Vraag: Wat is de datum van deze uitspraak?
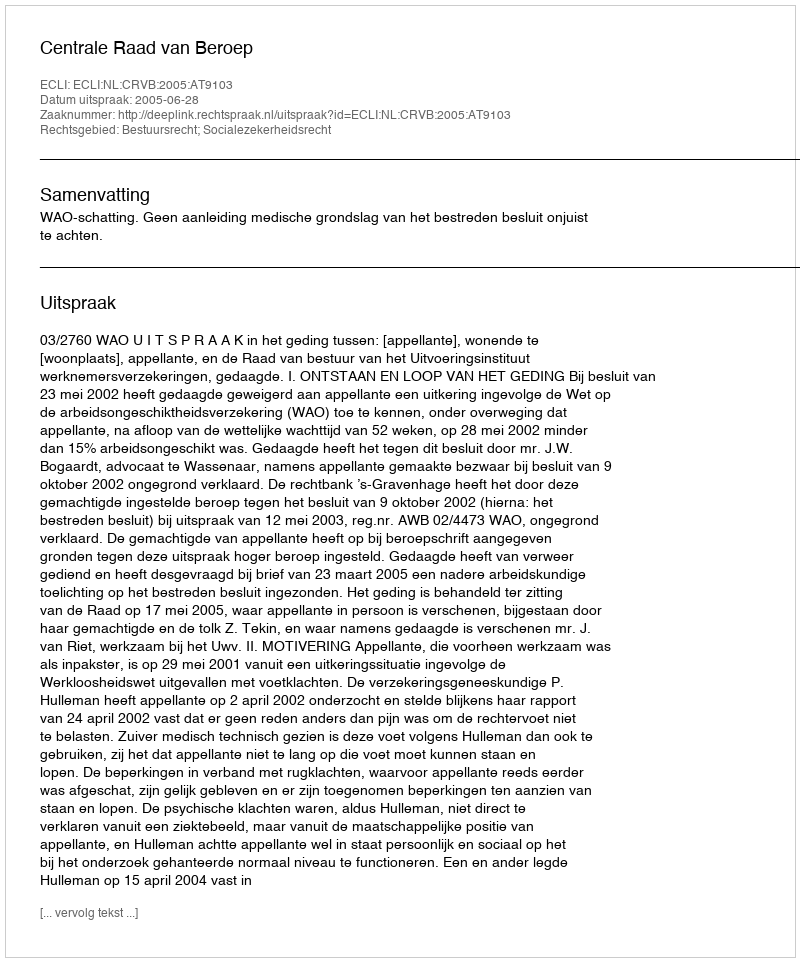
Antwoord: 2005-06-28